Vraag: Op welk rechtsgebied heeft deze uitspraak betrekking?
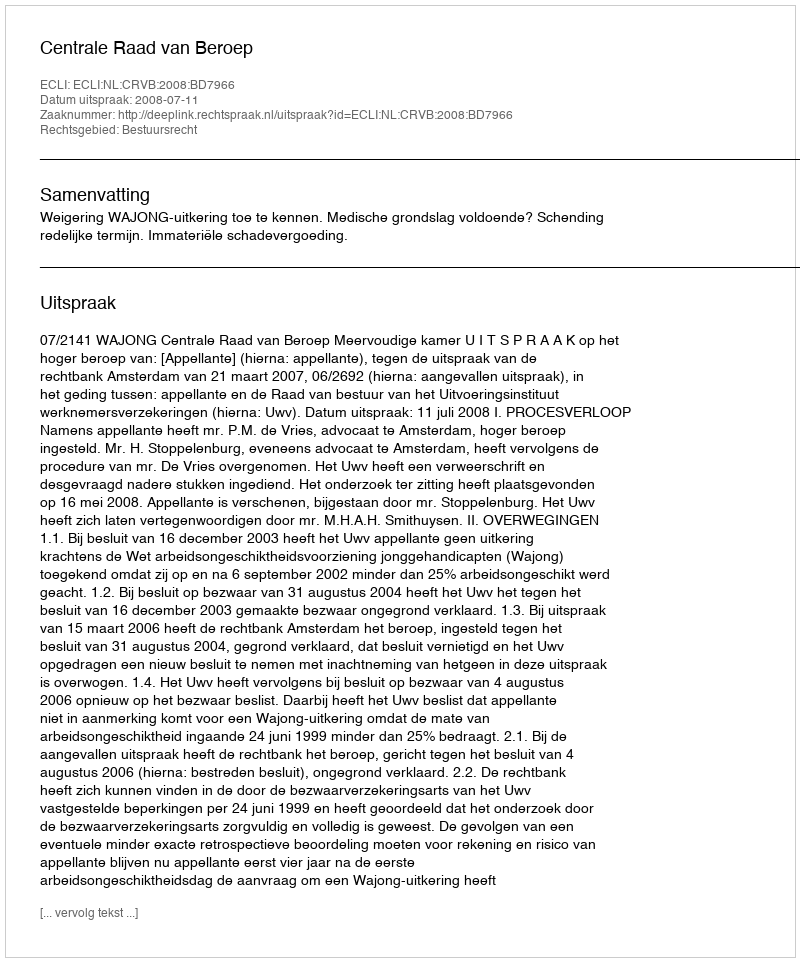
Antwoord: Bestuursrecht